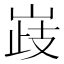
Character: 𡹉